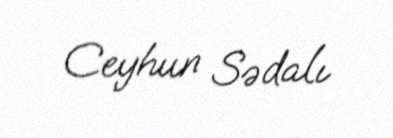
Ceyhun Sədalı